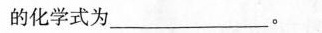
的化学式为___。